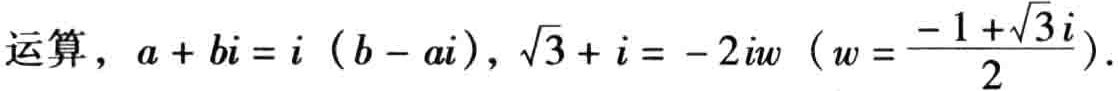
运算，\(a + bi = i (b - ai)\)，\(\sqrt{3} + i = - 2iw\)（\(w = \frac{- 1 + \sqrt{3}i}{2}\)）.